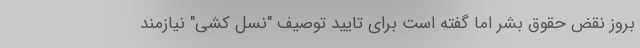
بروز نقض حقوق بشر اما گفته است برای تایید توصیف "نسل کشی" نیازمند